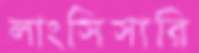
লাংসিসারি